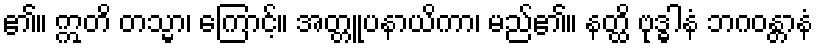
၏။ ဣတိ တသ္မာ၊ ကြောင့်။ အတ္တူပနာယိကာ၊ မည်၏။ နတ္ထိ ဗုဒ္ဓါနံ ဘဂဝန္တာနံ